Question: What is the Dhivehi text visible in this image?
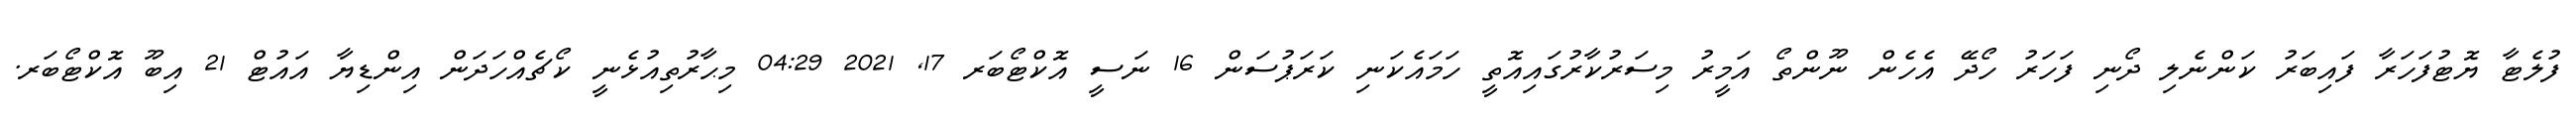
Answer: ފުލެޓާ ޔޮޓުފަހަރާ ފައިބަރު ކަންނެލި ދޯނި ފަހަރު ހޯދޭ އެހެން ނޫންތޯ އަމީރު މިސަރުކާރުގައިއޮތީ ހަމައެކަނި ކަރަޕުސަން 16 ނަސީ އޮކްޓޯބަރ 17, 2021 04:29 މިޙާރުތިއުޅެނީ ކޯޗެއްހަދަން އިންޑިޔާ އައުޓް 21 އިބޫ އޮކްޓޯބަރ.